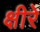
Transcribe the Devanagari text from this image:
क्षीरे